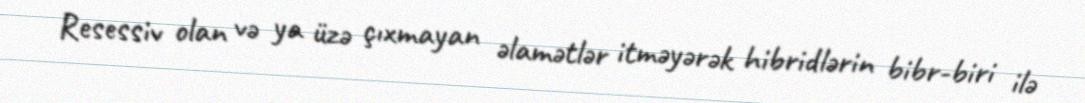
Resessiv olan və ya üzə çıxmayan əlamətlər itməyərək hibridlərin bibr-biri ilə